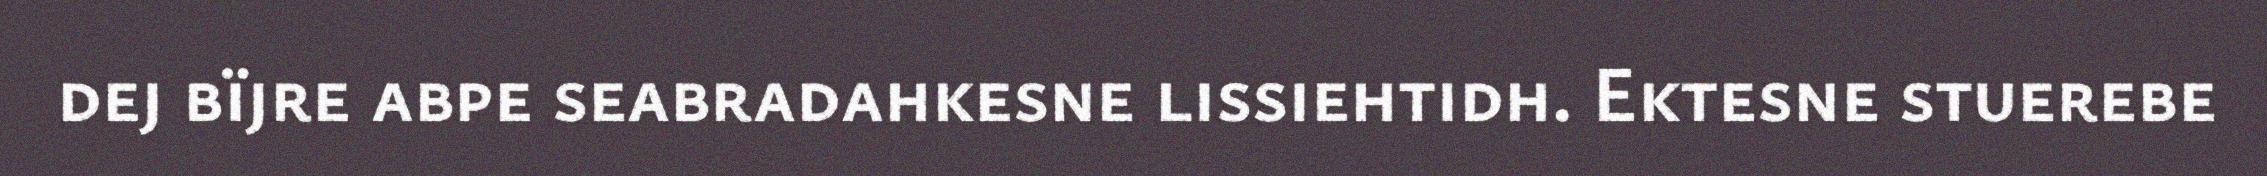
dej bïjre abpe seabradahkesne lissiehtidh. Ektesne stuerebe